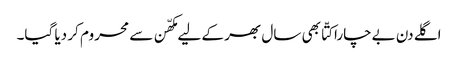
اگلے دن بےچارا کتّا بھی سال بھر کے لیے مکھّن سے محروم کر دیا گیا۔